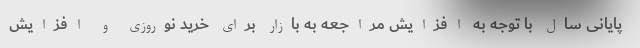
پایانی سال با توجه به افزایش مراجعه به بازار برای خرید نوروزی و افزایش